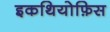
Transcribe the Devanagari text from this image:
इकथियोफ़िस